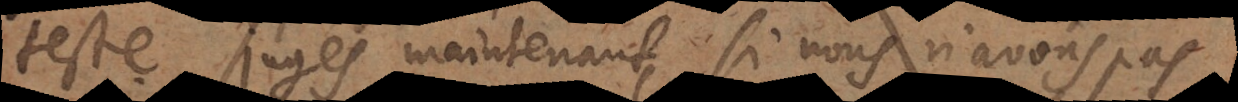
teste. Jugés maintenant, si nous n’avons pas